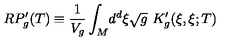
R P _ { g } ^ { \prime } ( T ) \equiv \frac { 1 } { V _ { g } } \int _ { M } \! d ^ { d } \xi \sqrt { g } \ K _ { g } ^ { \prime } ( \xi , \xi ; T )